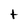
Character: t